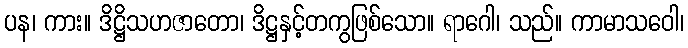
ပန၊ ကား။ ဒိဋ္ဌိသဟဇာတော၊ ဒိဋ္ဌနှင့်တကွဖြစ်သော။ ရာဂေါ၊ သည်။ ကာမာသဝေါ၊